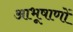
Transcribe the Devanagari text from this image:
आभूषाणों